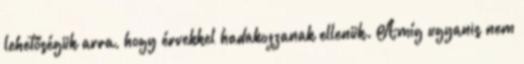
lehetőségük arra, hogy érvekkel hadakozzanak ellenük. Amíg ugyanis nem